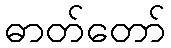
ဓာတ်တော်